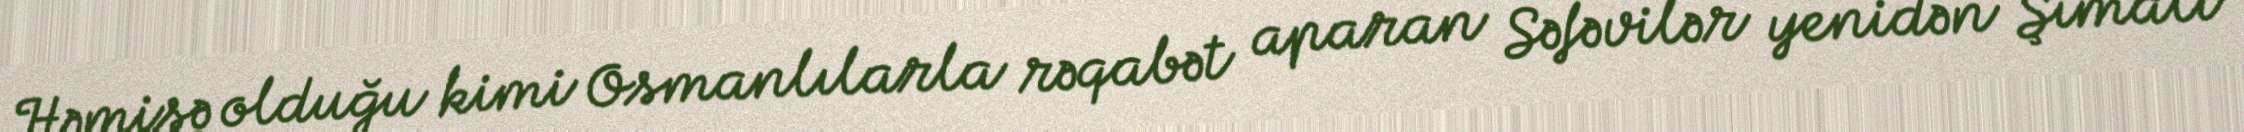
Həmişə olduğu kimi Osmanlılarla rəqabət aparan Səfəvilər yenidən Şimali